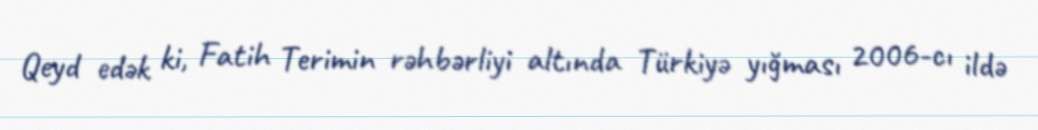
Qeyd edək ki, Fatih Terimin rəhbərliyi altında Türkiyə yığması 2006-cı ildə